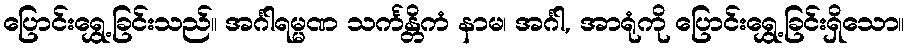
ပြောင်းရွှေ့ခြင်းသည်။ အင်္ဂါရမ္မဏ သင်္ကန္တိကံ နာမ၊ အင်္ဂါ, အာရုံကို ပြောင်းရွှေ့ခြင်းရှိသော။